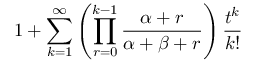
1 + \sum _ { k = 1 } ^ { \infty } \left( \prod _ { r = 0 } ^ { k - 1 } { \frac { \alpha + r } { \alpha + \beta + r } } \right) { \frac { t ^ { k } } { k ! } }